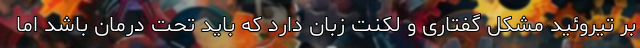
بر تیروئید مشکل گفتاری و لکنت زبان دارد که باید تحت درمان باشد اما